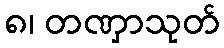
၈၊ တဏှာသုတ်